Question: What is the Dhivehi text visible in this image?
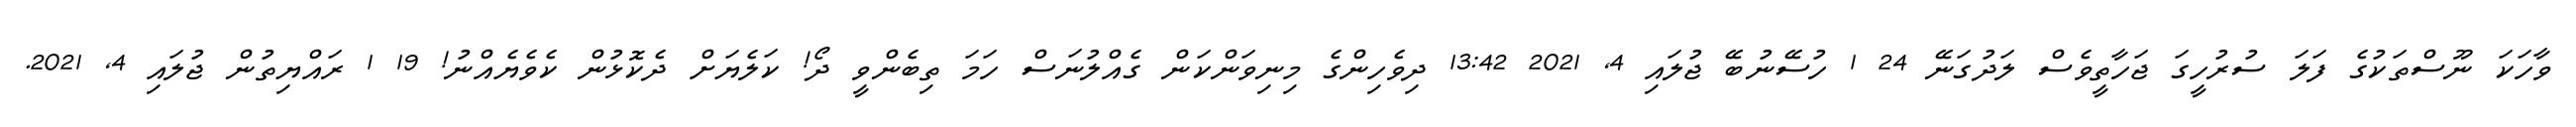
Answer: ވާހަކަ ނޫސްތަކުގެ ފަލަ ސުރުހީގަ ޖަހާތީވެސް ލަދުގަނޭ 24 1 ހުސޭނުބޭ ޖުލައި 4, 2021 13:42 ދިވެހިންގެ މިނިވަންކަން ގެއްލުނަސް ހަމަ ތިބެންވީ ދޯ! ކަލެޔަށް ދެކޮޅުން ކެވެޔެއްނު! 19 1 ރައްޔިތުން ޖުލައި 4, 2021.